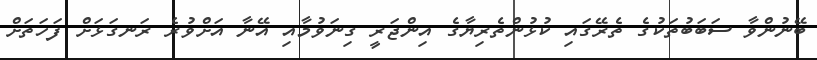
ބޭނުންވާ ސަބަބުތަކުގެ ތެރޭގައި ކުޅުންތެރިޔާގެ އިންޖަރީ ގިނަވުމާއި އޭނާ އަށްވުރެ ރަނގަޅަށް ފަހަތަށް